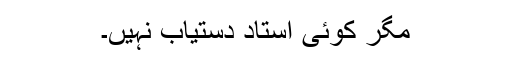
مگر کوئی استاد دستیاب نہیں۔